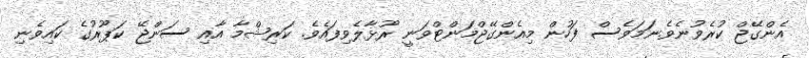
އެންގޭޖް ކުރެވުނެވެ.ނަމަވެސް ފަހުން މިއެންގޭޖްމަންޓްވަނީ ރޫޅާލެވިފައެވެ. ކަރިޝްމާ އާއި ސަންޖޭ ކަޕޫރުގެ ކައިވެނި